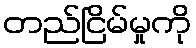
တည်ငြိမ်မှုကို